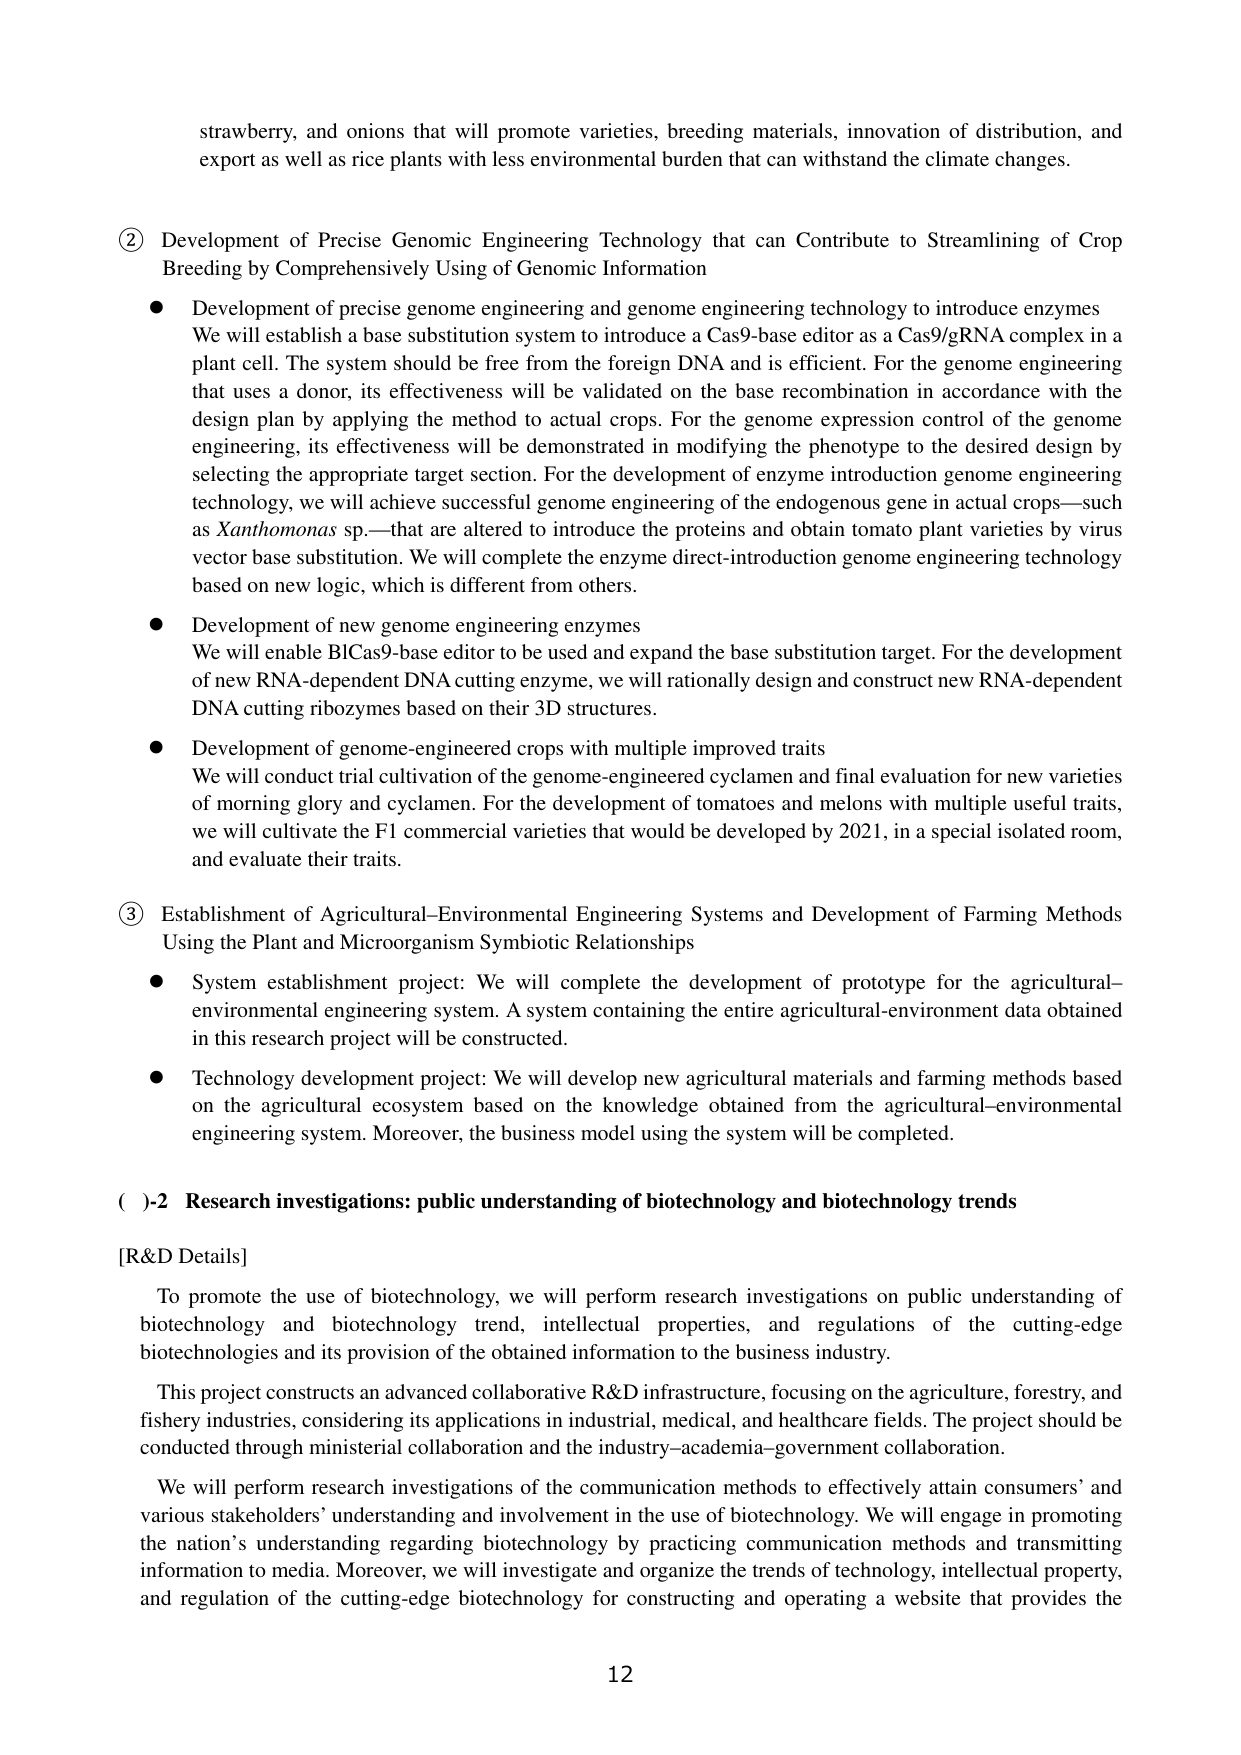
strawberry, and onions that will promote varieties, breeding materials, innovation of distribution, and export as well as rice plants with less environmental burden that can withstand the climate changes.

② Development of Precise Genomic Engineering Technology that can Contribute to Streamlining of Crop Breeding by Comprehensively Using of Genomic Information

● Development of precise genome engineering and genome engineering technology to introduce enzymes
We will establish a base substitution system to introduce a Cas9-base editor as a Cas9/gRNA complex in a plant cell. The system should be free from the foreign DNA and is efficient. For the genome engineering that uses a donor, its effectiveness will be validated on the base recombination in accordance with the design plan by applying the method to actual crops. For the genome expression control of the genome engineering, its effectiveness will be demonstrated in modifying the phenotype to the desired design by selecting the appropriate target section. For the development of enzyme introduction genome engineering technology, we will achieve successful genome engineering of the endogenous gene in actual crops—such as Xanthomonas sp.—that are altered to introduce the proteins and obtain tomato plant varieties by virus vector base substitution. We will complete the enzyme direct-introduction genome engineering technology based on new logic, which is different from others.

● Development of new genome engineering enzymes
We will enable BICas9-base editor to be used and expand the base substitution target. For the development of new RNA-dependent DNA cutting enzyme, we will rationally design and construct new RNA-dependent DNA cutting ribozymes based on their 3D structures.

● Development of genome-engineered crops with multiple improved traits
We will conduct trial cultivation of the genome-engineered cyclamen and final evaluation for new varieties of morning glory and cyclamen. For the development of tomatoes and melons with multiple useful traits, we will cultivate the F1 commercial varieties that would be developed by 2021, in a special isolated room, and evaluate their traits.

③ Establishment of Agricultural-Environmental Engineering Systems and Development of Farming Methods Using the Plant and Microorganism Symbiotic Relationships

● System establishment project: We will complete the development of prototype for the agricultural-environmental engineering system. A system containing the entire agricultural-environment data obtained in this research project will be constructed.

● Technology development project: We will develop new agricultural materials and farming methods based on the agricultural ecosystem based on the knowledge obtained from the agricultural-environmental engineering system. Moreover, the business model using the system will be completed.

( )-2 Research investigations: public understanding of biotechnology and biotechnology trends

[R&D Details]
To promote the use of biotechnology, we will perform research investigations on public understanding of biotechnology and biotechnology trend, intellectual properties, and regulations of the cutting-edge biotechnologies and its provision of the obtained information to the business industry.

This project constructs an advanced collaborative R&D infrastructure, focusing on the agriculture, forestry, and fishery industries, considering its applications in industrial, medical, and healthcare fields. The project should be conducted through ministerial collaboration and the industry–academia–government collaboration.

We will perform research investigations of the communication methods to effectively attain consumers’ and various stakeholders’ understanding and involvement in the use of biotechnology. We will engage in promoting the nation’s understanding regarding biotechnology by practicing communication methods and transmitting information to media. Moreover, we will investigate and organize the trends of technology, intellectual property, and regulation of the cutting-edge biotechnology for constructing and operating a website that provides the

12